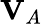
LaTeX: \textbf{V}_{A}